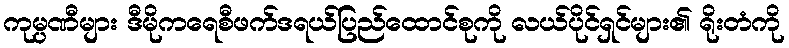
ကုမ္ပဏီများ ဒီမိုကရေစီဖက်ဒရယ်ပြည်ထောင်စုကို လယ်ပိုင်ရှင်များ၏ ရိုးတံကို